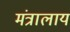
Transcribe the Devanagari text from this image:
मंत्रालाय